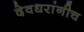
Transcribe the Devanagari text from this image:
देवधरांनीच